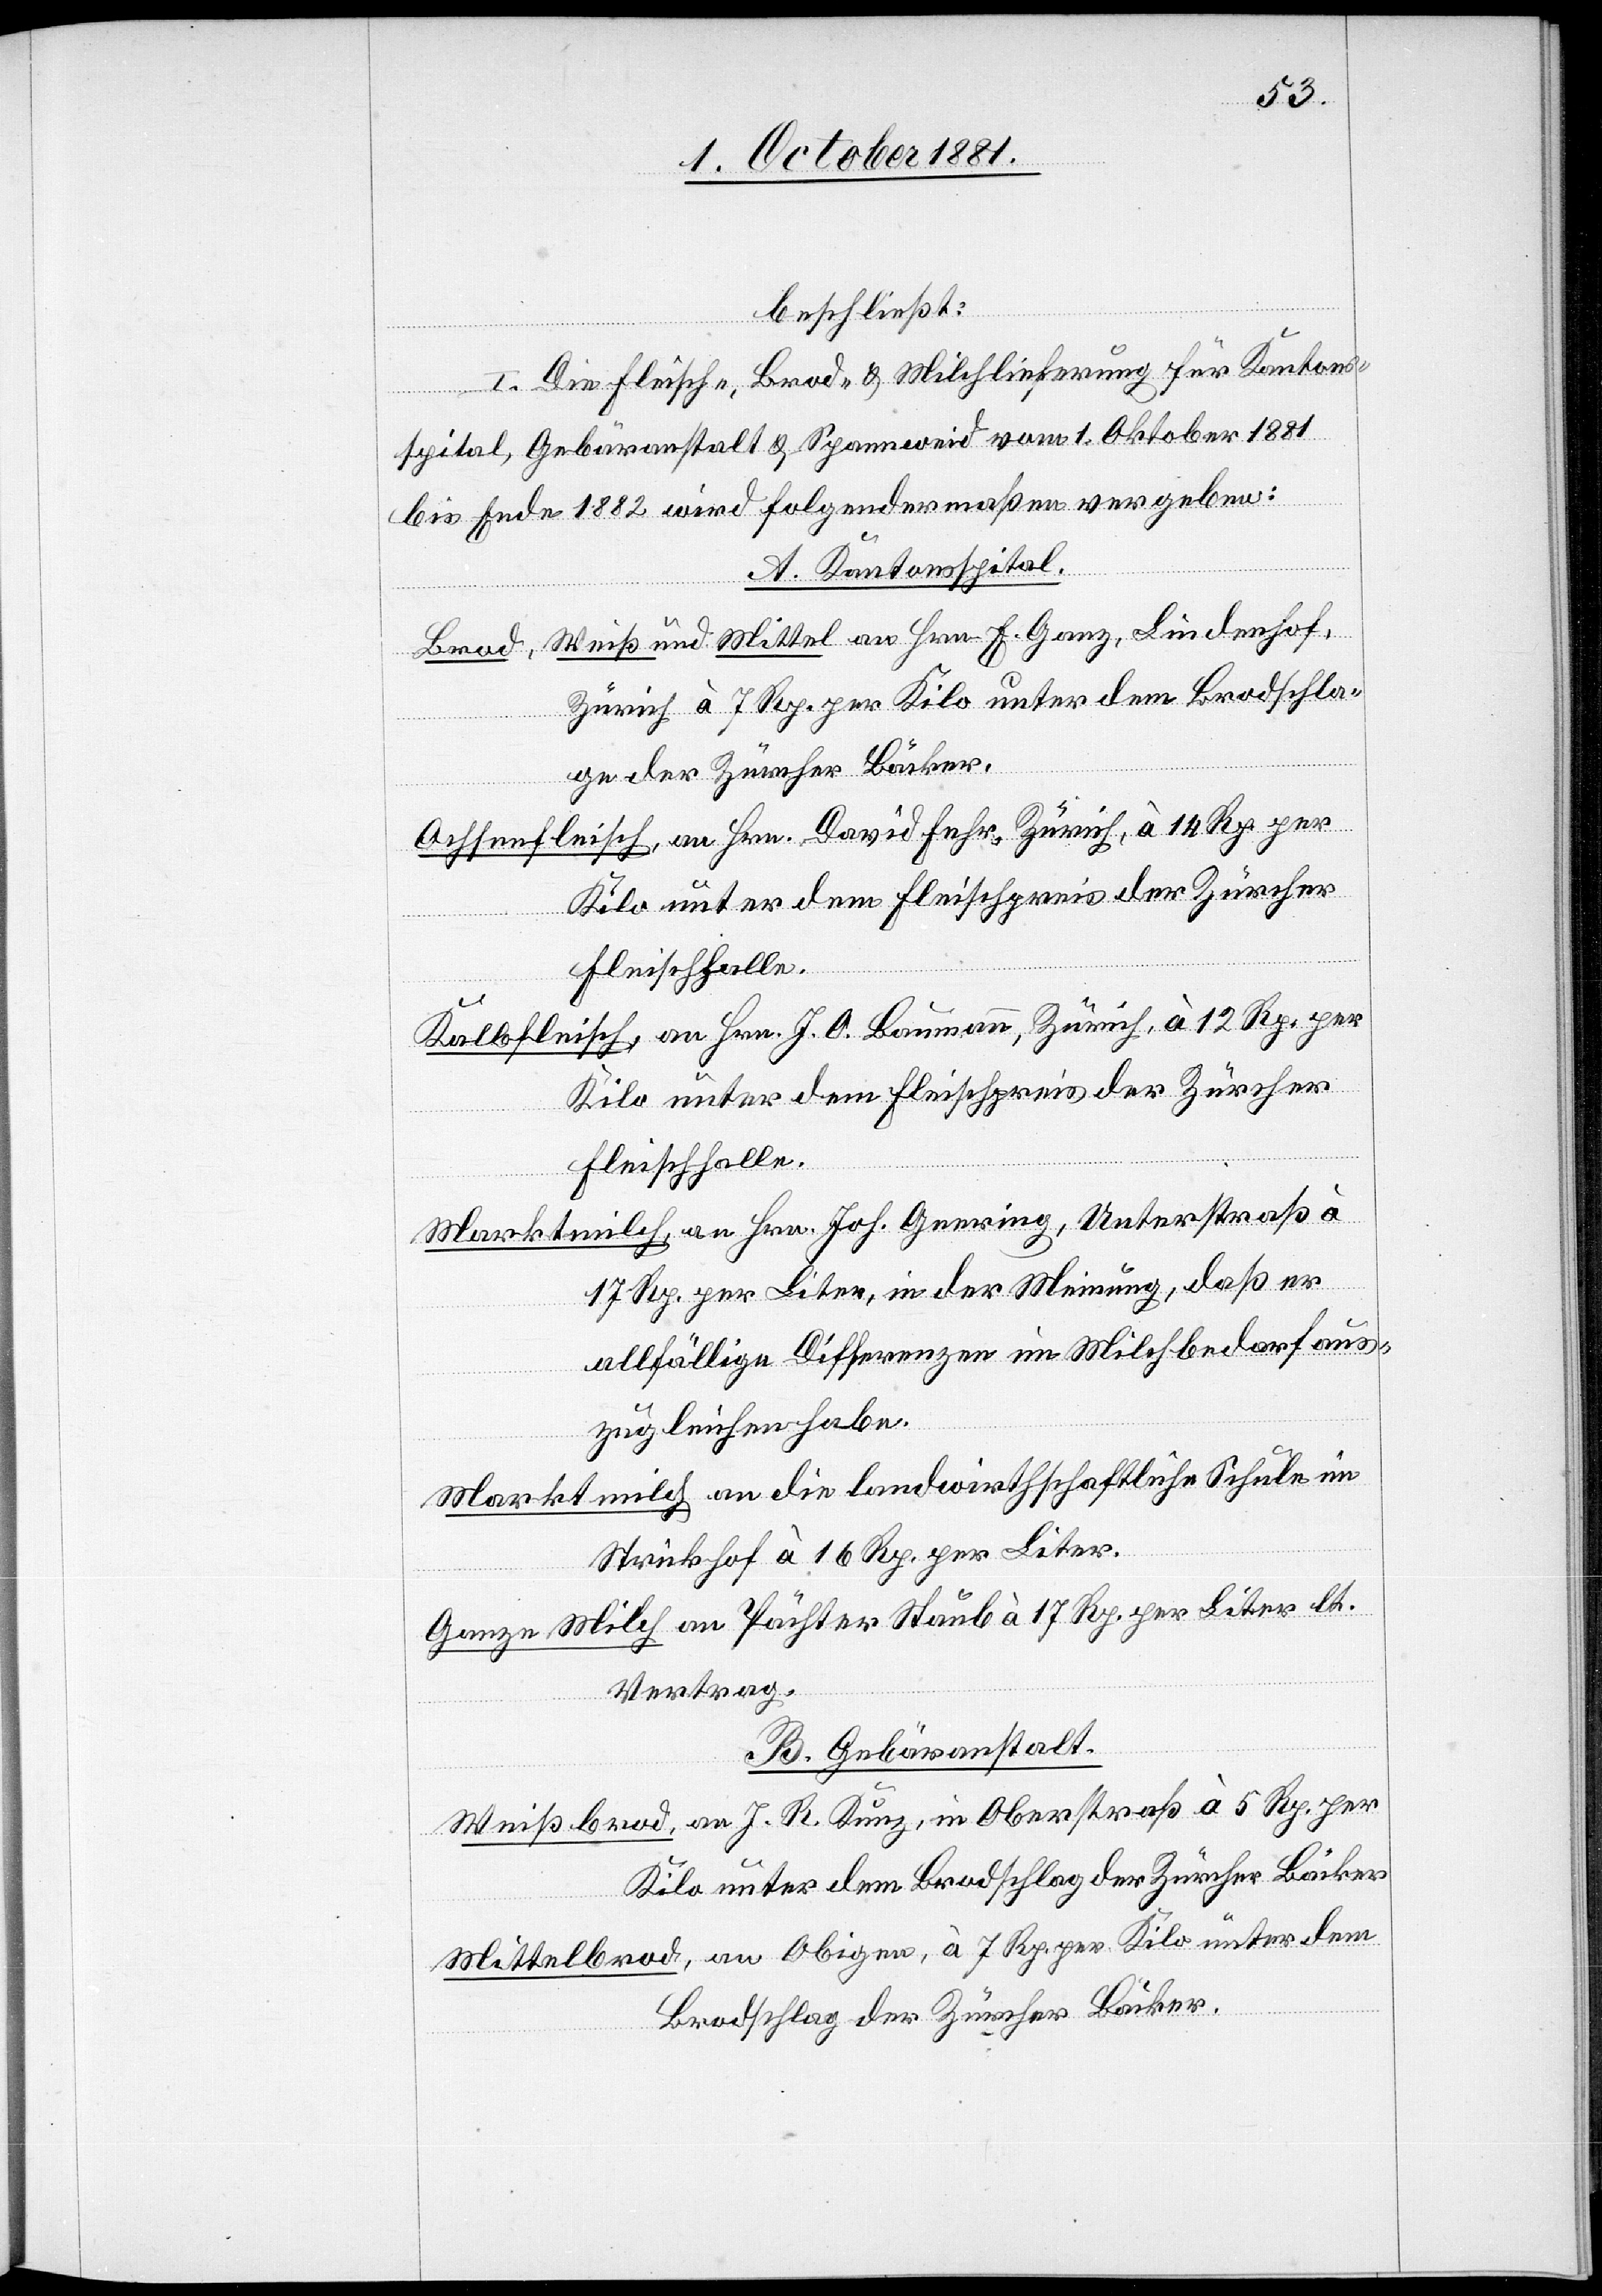
beschließt:
I. Die Fleisch-, Brod- & Milchlieferung für Kantons¬
spital, Gebäranstalt & Spannweid vom 1. Oktober 1881
bis Ende 1882 wird folgendermaßen vergeben:
A. Kantonsspital.
Brod, Weiß und Mittel an Hrn. E. Ganz, Lindenhof,
Zürich à 7 Rp. per Kilo unter dem Brodschla¬
ge der Zürcher Bäcker.
Ochsenfleisch, an Hrn. David Fehr, Zürich, à 14 Rp. per
Kalbfleisch, an Hrn. J. O. Baumann, Zürich, à 12 Rp. per
Kilo unter dem Fleischpreis der Zürcher
Fleischhalle.
Marktmilch, an Hrn. Joh. Geering, Unterstraß à
17 Rp. per Liter, in der Meinung, daß er
allfällige Differenzen im Milchbedarf aus¬
zugleichen habe.
Marktmilch, an die landwirthschaftliche Schule im
Strickhof à 16 Rp. per Liter.
Ganze Milch an Pächter Staub à 17 Rp. per Liter lt.
Vertrag.
B. Gebäranstalt.
Weißbrod, an J. R. Kunz, in Oberstraß à 5 Rp. per
Kilo unter dem Brodschlag der Zürcher Bäcker.
Mittelbrod, an Obigen, à 7 Rp. per Kilo unter dem
Brodschlag der Zürcher Bäcker.